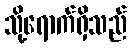
သို့ရောက်ရှိသည်